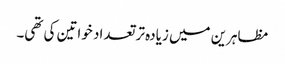
مظاہرین میں زیادہ تر تعداد خواتین کی تھی۔